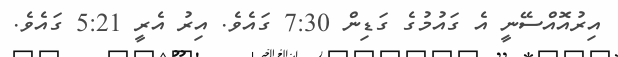
އިރުއޮއްސޭނީ އެ ގައުމުގެ ގަޑިން 7:30 ގައެވެ. އިރު އެރީ 5:21 ގައެވެ.